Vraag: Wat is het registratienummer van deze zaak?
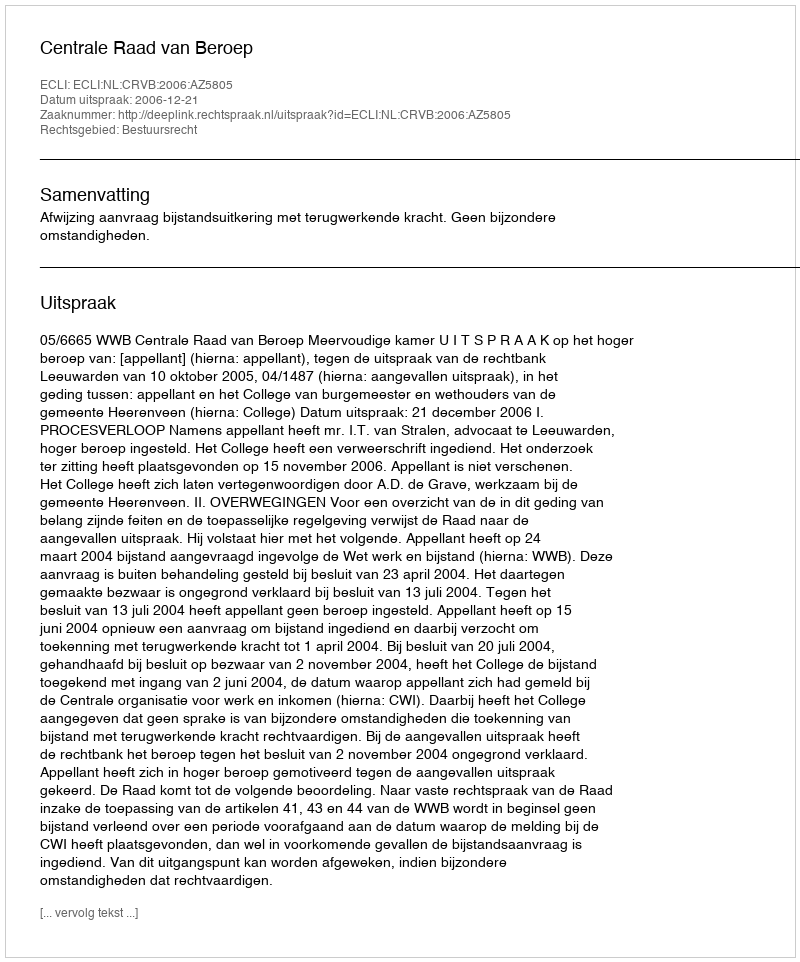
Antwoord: http://deeplink.rechtspraak.nl/uitspraak?id=ECLI:NL:CRVB:2006:AZ5805